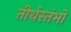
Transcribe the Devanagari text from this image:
तीर्थस्तंभों